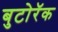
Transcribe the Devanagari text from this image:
बुटोरॅक